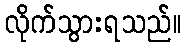
လိုက်သွားရသည်။